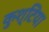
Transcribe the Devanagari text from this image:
कुश्टिया